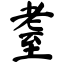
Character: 耋